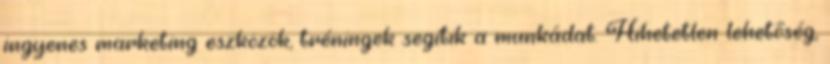
ingyenes marketing eszközök, tréningek segítik a munkádat. Hihetetlen lehetőség,